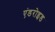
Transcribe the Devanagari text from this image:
एंडरोइड